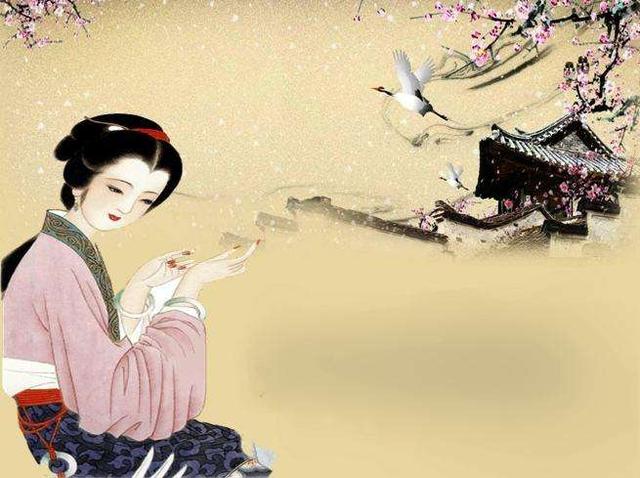
一种相思，两处闲愁。